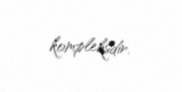
kompleksdir.